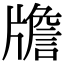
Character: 𤗻